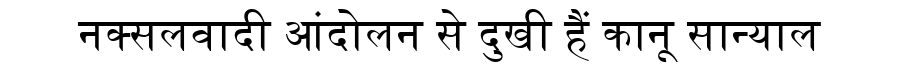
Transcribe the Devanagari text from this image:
नक्सलवादी आंदोलन से दुखी हैं कानू सान्याल